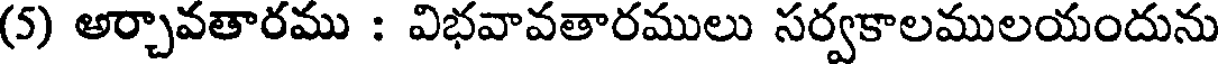
(5) అర్చావతారము : విభవావతారములు సర్వకాలములయందును